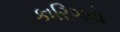
કારિગરો